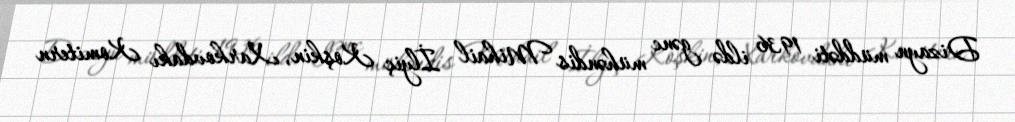
Dizayn müddəti 1936 ildə gənc mühəndis Mihail İlyiç Koşkin, Xarkovdakı Komitern